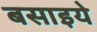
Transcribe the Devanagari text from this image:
बसाइये